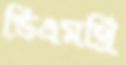
ডিএমথ্রি